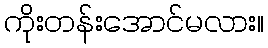
ကိုးတန်းအောင်မလား။